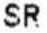
SR